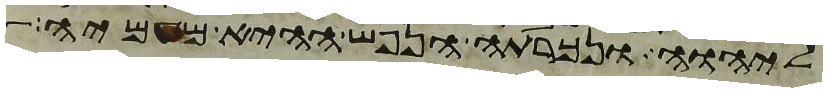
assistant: ליהוה ונכרתה הנפש ההיא מעמיה